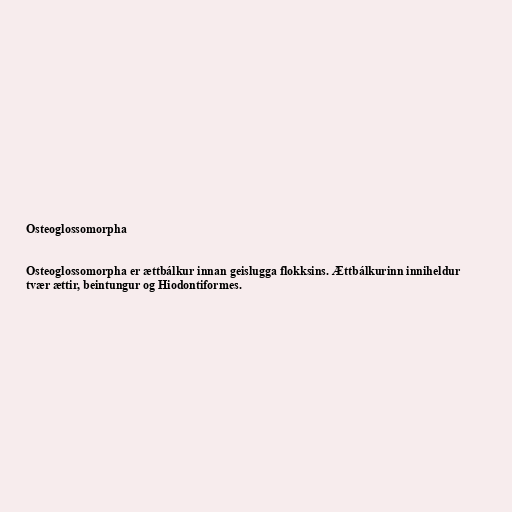
Osteoglossomorpha

Osteoglossomorpha er ættbálkur innan geislugga flokksins. Ættbálkurinn inniheldur
tvær ættir, beintungur og Hiodontiformes.